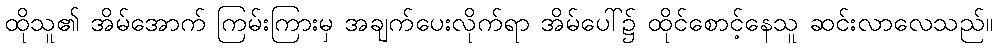
ထိုသူ၏ အိမ်အောက် ကြမ်းကြားမှ အချက်ပေးလိုက်ရာ အိမ်ပေါ်၌ ထိုင်စောင့်နေသူ ဆင်းလာလေသည်။